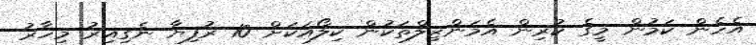
އެހެން ކަމުން މީގެ ކުރިން އެމަންޒިލްތަކުން ކިލޯއަކަށް 10 ރުފިޔާ ނެގިއިރު މިހާރު